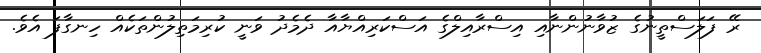
ރޭ ފަލަސްތީނުގެ ޒުވާނުންނާއި އިސްރާއިލްގެ އަސްކަރިއްޔާއާ ދެމެދު ވަނީ ކުރިމަތިލުންތަކެއް ހިނގާފަ އެވެ.